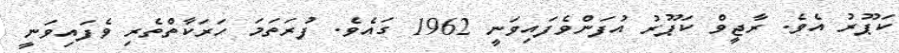
ކަޕޫރު އެވެ. ރާޖީވް ކަޕޫރު އުފަންވެފައިވަނީ 1962 ގައެވެ. ފުރަތަމަ ހަރަކާތްތެރި ވެފައިވަނީ